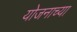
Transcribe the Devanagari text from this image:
योजनाच्या